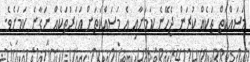
މަސައްކަތް ތަކެއް ކުރަން ޖެހޭނެ ކަމަށާއި އެ މަސައްކަތަށް އަހަރުތަކެއް ނަގާނެ ކަމަށެވެ.